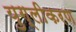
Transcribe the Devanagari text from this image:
युग्लीकरण